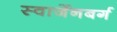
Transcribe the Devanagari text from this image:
स्वार्जेनबर्ग